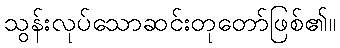
သွန်းလုပ်သောဆင်းတုတော်ဖြစ်၏။